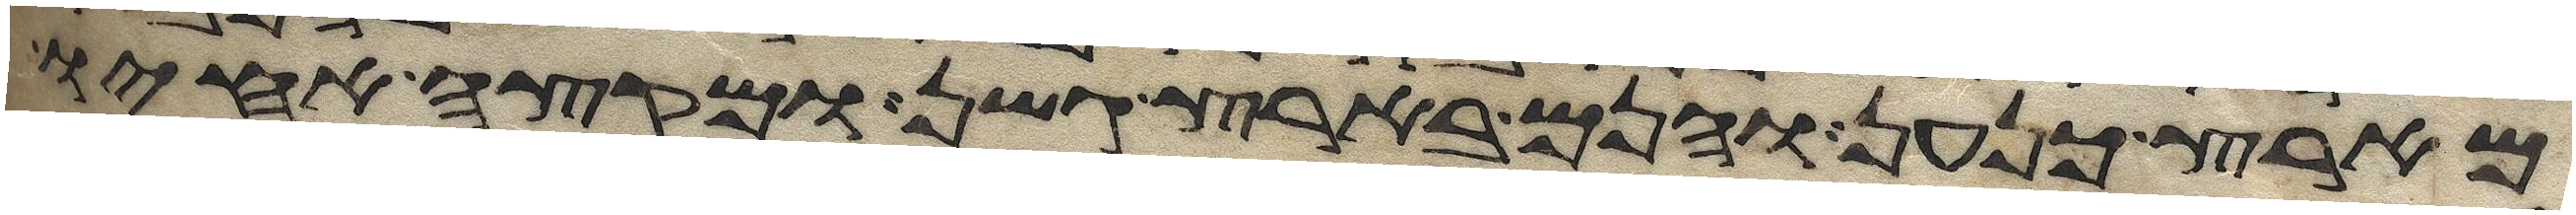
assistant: מארץ כנען והנם בארץ גשן ומקצה אחיו